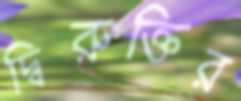
দ্বিরুক্তির